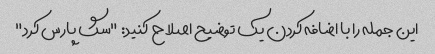
این جمله را با اضافه کردن یک توضیح اصلاح کنید: "سگ پارس کرد"